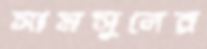
সামসুলের